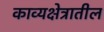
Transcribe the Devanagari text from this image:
काव्यक्षेत्रातील